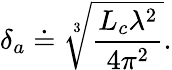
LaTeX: \delta_{a}\doteq\sqrt[3]{\frac{L_{c}\lambda^{2}}{4\pi^{2}}}.